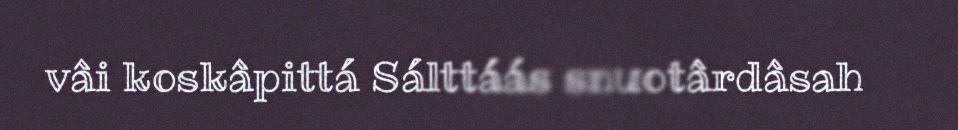
vâi koskâpittá Sálttáás snuotârdâsah